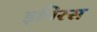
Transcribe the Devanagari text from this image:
इपिरस